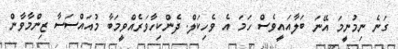
ގަނެ ނިމުނީމަ އޭނަ ބަލާއައީވެސް ހަމަ އެ ވެހިކަލް. ދެންކިހާވަރެއްވީމަބާ މުއައްސަސާ ޒިންމާވާން